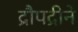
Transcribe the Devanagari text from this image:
द्रौपद्रीने